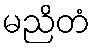
မညိတံ